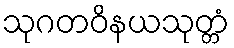
သုဂတဝိနယသုတ္တံ